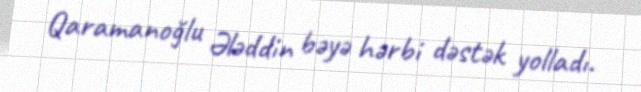
Qaramanoğlu Ələddin bəyə hərbi dəstək yolladı.